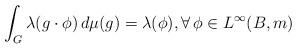
LaTeX: \begin{align*}\int_G \lambda(g \cdot \phi) \, d\mu(g) = \lambda(\phi), \forall \, \phi \in L^\infty(B,m)\end{align*}